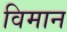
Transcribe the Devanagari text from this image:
विमान